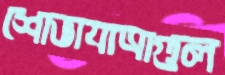
শোভাযাত্রাগুল